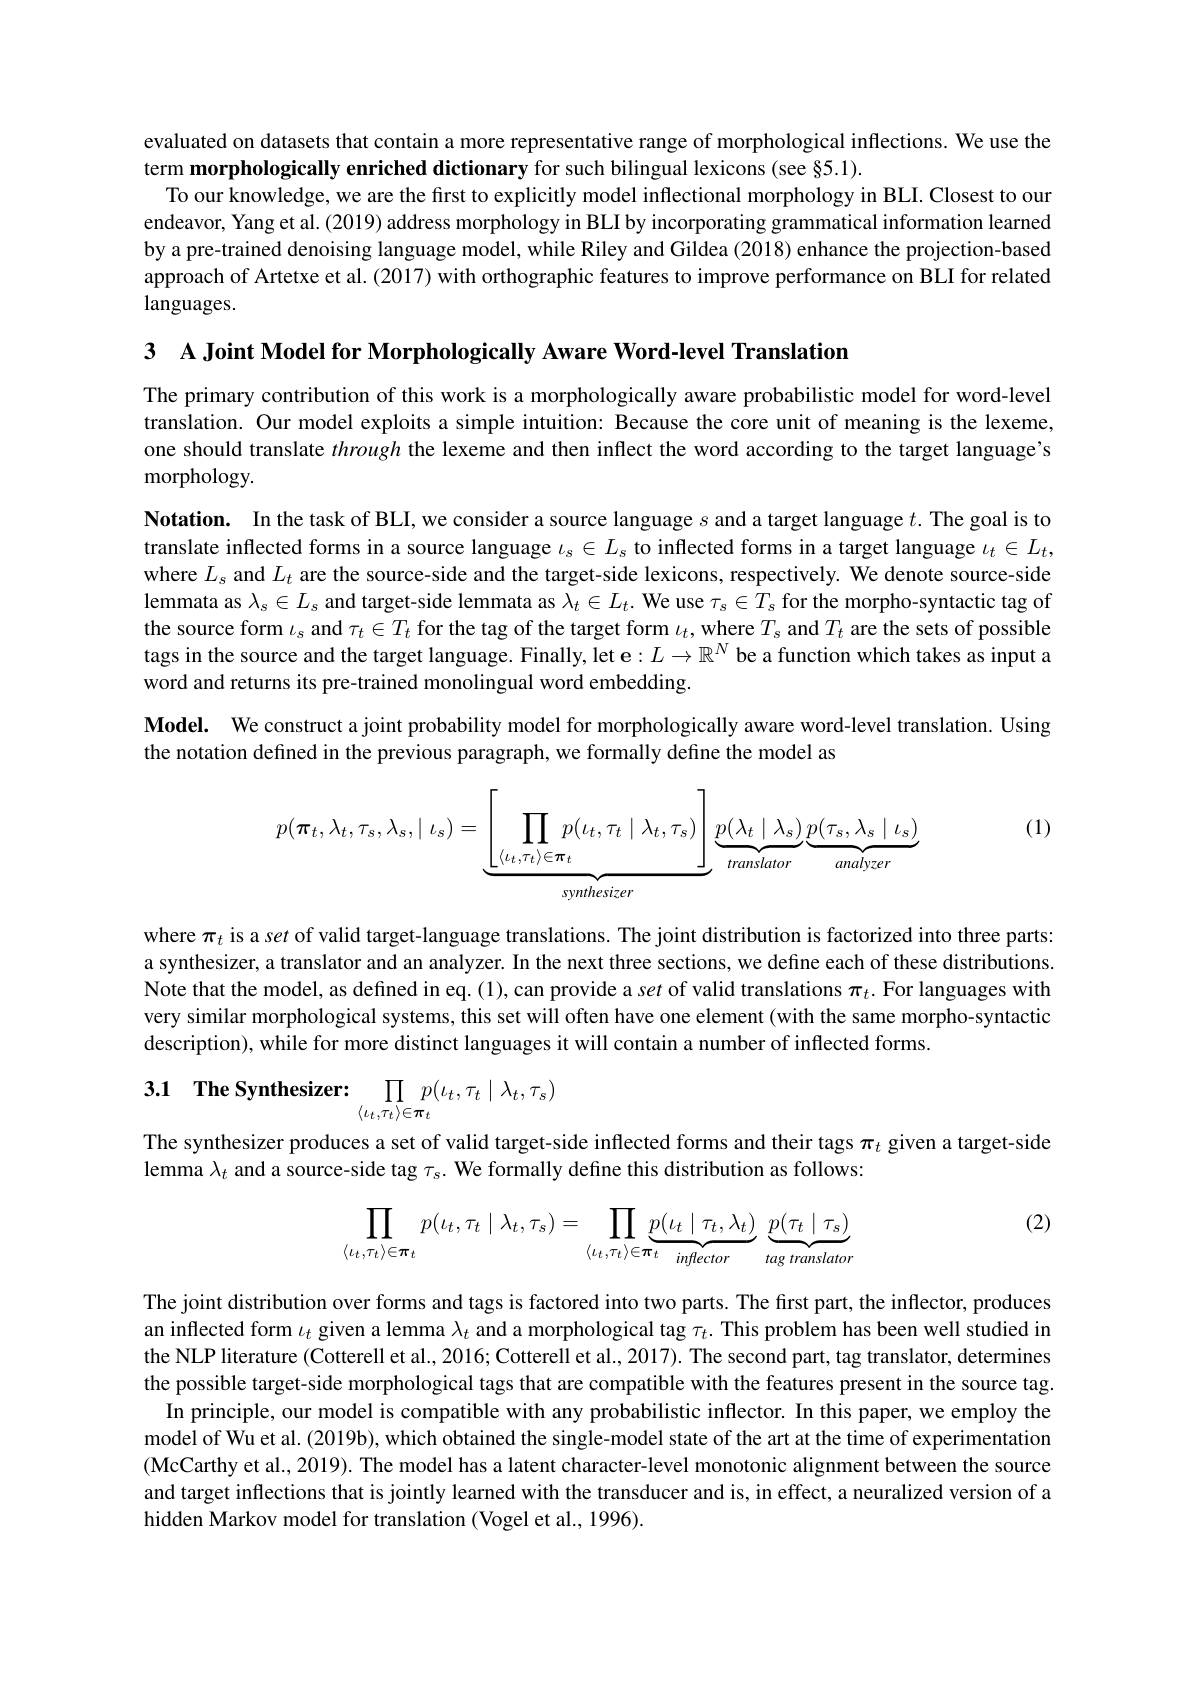
evaluated on datasets that contain a more representative range of morphological inflections. We use the
term morphologically enriched dictionary for such bilingual lexicons (see §5.1).
To our knowledge, we are the first to explicitly model inflectional morphology in BLI. Closest to our endeavor, Yang et al. (2019) address morphology in BLI by incorporating grammatical information learned by a pre-trained denoising language model, while Riley and Gildea (2018) enhance the projection-based approach of Artetxe et al. (2017) with orthographic features to improve performance on BLI for related languages.

3 A Joint Model for Morphologically Aware Word-level Translation

The primary contribution of this work is a morphologically aware probabilistic model for word-level translation. Our model exploits a simple intuition: Because the core unit of meaning is the lexeme, one should translate through the lexeme and then inflect the word according to the target language's

morphology.

Notation. In the task of BLI, we consider a source language $s$ and a target language $t.$ The goal is to translate inflected forms in a source language $\iota_s\in L_s$ to inflected forms in a target language $\iota_t\in L_t$, where $L_s$ and $L_t$ are the source-side and the target-side lexicons, respectively. We denote source-side lemmata as $\lambda_s\in L_s$ and target-side lemmata as $\lambda_t\in L_t.$ We use $\tau_s\in T_s$ for the morpho-syntactic tag of the source form $\iota_s$ and $\tau_t\in T_t$ for the tag of the target form $\iota_t$,where $T_s$ and $T_t$ are the sets of possible tags in the source and the target language. Finally, let e$:L\to\mathbb{R}^N$ be a function which takes as input a word and returns its pre-trained monolingual word embedding.

$\mathbf{Model.}$ We construct a joint probability model for morphologically aware word-level translation. Using
the notation defined in the previous paragraph, we formally define the model as

(1)

<FigureHere>

where $\pi_t$ is a set of valid target-language translations. The joint distribution is factorized into three parts: a synthesizer, a translator and an analyzer. In the next three sections, we define each of these distributions. Note that the model, as defined in eq. (1), can provide a set of valid translations $\pi_t.$ For languages with very similar morphological systems, this set will often have one element (with the same morpho-syntactic description), while for more distinct languages it will contain a number of inflected forms.

3.1 The Synthesizer:
$$\prod\limits_{\langle\iota_t,\tau_t\rangle\in\boldsymbol{\pi}_t}p(\iota_t,\tau_t\mid\lambda_t,\tau_s)$$
The synthesizer produces a set of valid target-side inflected forms and their tags $\pi_t$ given a target-side
lemma $\lambda_t$ and a source-side tag $\tau_s.$ We formally define this distribution as follows:

(2)
$$\prod_{\langle\iota_t,\tau_t\rangle\in\boldsymbol{\pi}_t}p(\iota_t,\tau_t\mid\lambda_t,\tau_s)=\prod_{\langle\iota_t,\tau_t\rangle\in\boldsymbol{\pi}_t}\underbrace{p(\iota_t\mid\tau_t,\lambda_t)}_{inflector}\underbrace{p(\tau_t\mid\tau_s)}_{tag\:translator}$$
The joint distribution over forms and tags is factored into two parts. The first part, the inflector, produces an inflected form $\iota_t$ given a lemma $\lambda_t$ and a morphological tag $\tau_t.$ This problem has been well studied in the NLP literature (Cotterell et al., 2016; Cotterell et al., 2017). The second part, tag translator, determines the possible target-side morphological tags that are compatible with the features present in the source tag.
In principle, our model is compatible with any probabilistic inflector. In this paper, we employ the model of Wu et al. (2019b), which obtained the single-model state of the art at the time of experimentation (McCarthy et al., 2019). The model has a latent character-level monotonic alignment between the source and target inflections that is jointly learned with the transducer and is, in effect, a neuralized version of a hidden Markov model for translation (Vogel et al., 1996).